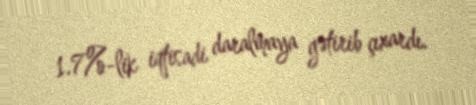
1.7%-lik iqtisadi daralmaya gətirib çıxardı.